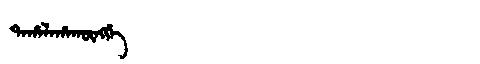
Manchu: ᡨᠠᡥᠠᠯᠠᡥᠠᡴᡡᠩᡤᡝ
Romanization: TAHALAHAKŪNGGE